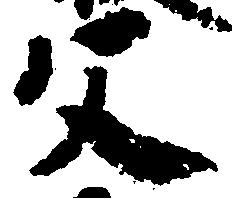
父